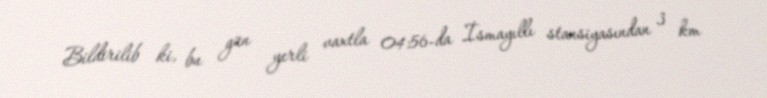
Bildirilib ki, bu gün yerli vaxtla 04:56-da İsmayıllı stansiyasından 3 km